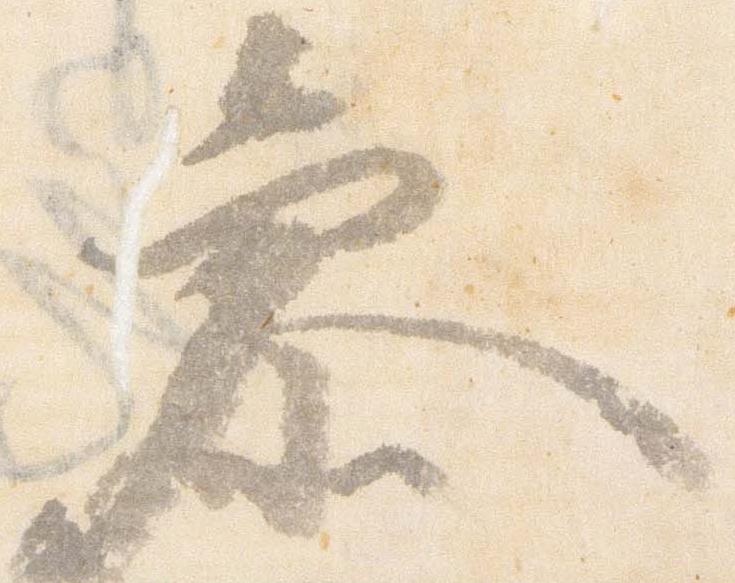
参